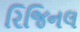
રિજિનલ